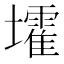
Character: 𡓘